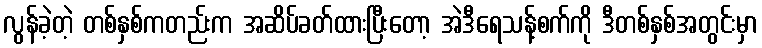
လွန်ခဲ့တဲ့ တစ်နှစ်ကတည်းက အဆိပ်ခတ်ထားပြီးတော့ အဲဒီရေသန့်စက်ကို ဒီတစ်နှစ်အတွင်းမှာ